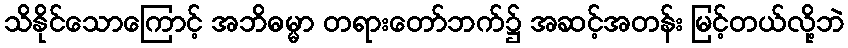
သိနိုင်သောကြောင့် အဘိဓမ္မာ တရားတော်ဘက်၌ အဆင့်အတန်း မြင့်တယ်လို့ဘဲ